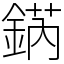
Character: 𨧨